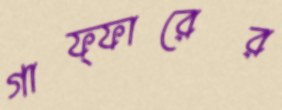
গাফ্ফারের